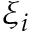
\xi _ { i }